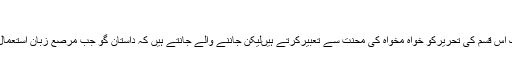
ص۳۴
داستان کے مزاج سے ناواقفیت کی وجہ سے آج ہم لوگ اس قسم کی تحریرکو خواہ مخواہ کی محنت سے تعبیرکرتے ہیںلیکن جاننے والے جانتے ہیں کہ داستان گو جب مرصّع زبان استعمال کرتاتھا توسامعین تحسین کے ڈونگرے برساتے تھے۔